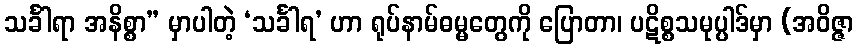
သင်္ခါရာ အနိစ္စာ” မှာပါတဲ့ ‘သင်္ခါရ’ ဟာ ရုပ်နာမ်ဓမ္မတွေကို ပြောတာ၊ ပဋိစ္စသမုပ္ပါဒ်မှာ (အဝိဇ္ဇာ